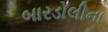
બારડોલીના